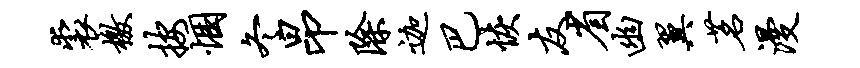
裘檄按悃冬昂除迦巴恢友省幽翼茗漫